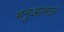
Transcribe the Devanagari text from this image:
भनुआमल